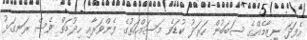
އެފަދަ ނިޒާމެއްގެ ސަބަބުން ހަރަދު ކުޑަވެ މަސައްކަތުގެ ފެންވަރާއި ހިދުމަތް ވެސް ރަނގަޅު